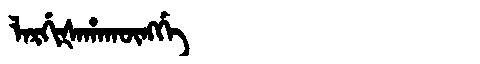
Manchu: ᠯᠠᡵᡤᡳᡧᠠᡥᠠᡴᡡᠩᡤᡝ
Romanization: LARGIŠAHAKŪNGGE